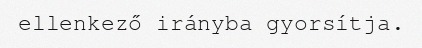
ellenkező irányba gyorsítja.